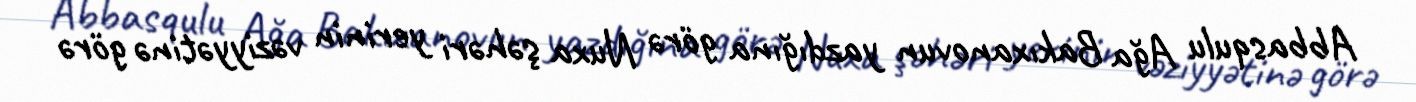
Abbasqulu Ağa Bakıxanovun yazdığına görə Nuxa şəhəri yerinin vəziyyətinə görə